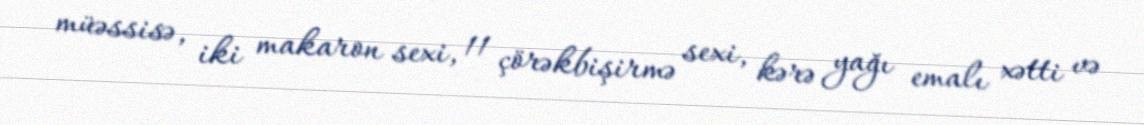
müəssisə, iki makaron sexi, 11 çörəkbişirmə sexi, kərə yağı emalı xətti və